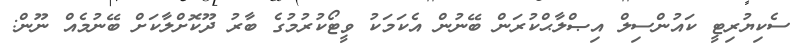
ސެކިޔުރިޓީ ކައުންސިލް އިޞްލާޙްކުރަން ބޭނުން އެކަމަކު ވީޓޯކުރުމުގެ ބާރު ދޫކޮށްލާކަށް ބޭނުމެއް ނޫން: